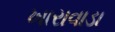
ખારાવાડા